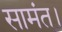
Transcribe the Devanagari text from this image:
सामंत।